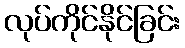
လုပ်ကိုင်နိုင်ခြင်း